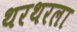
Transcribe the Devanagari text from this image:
थरथरला